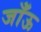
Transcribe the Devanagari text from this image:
जाँऊ